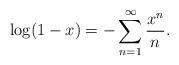
LaTeX: \begin{align*}\log(1-x)=-\sum_{n=1}^\infty \frac{x^n}{n}.\end{align*}